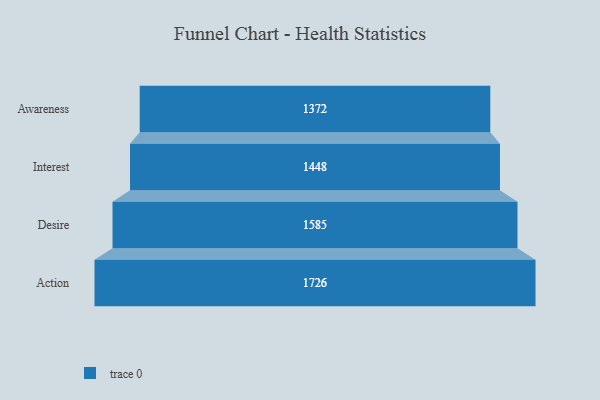
{"axis": {"x": "Stage", "y": "Value"}, "legend": [""], "data": [{"x": "Awareness", "y": 1372.0, "type": ""}, {"x": "Interest", "y": 1448.0, "type": ""}, {"x": "Desire", "y": 1585.0, "type": ""}, {"x": "Action", "y": 1726.0, "type": ""}]}